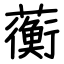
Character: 蘅